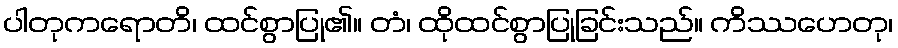
ပါတုကရောတိ၊ ထင်စွာပြု၏။ တံ၊ ထိုထင်စွာပြုခြင်းသည်။ ကိဿဟေတု၊